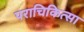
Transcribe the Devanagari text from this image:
पराचिकित्सा